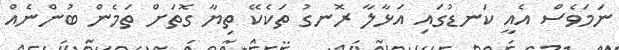
ނަމަވެސް އެއީ ކަނޑުގައި އަޅާލާ ރޮނގު ތަކެކޭ ތިޔާ ގޮތަށް ތަމެން ބުންނެއް